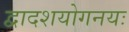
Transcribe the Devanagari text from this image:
द्वादशयोगनयः